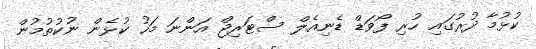
ކުުޅުމާ ދުރުގައި ހުރި ފޯވަޑް ޑެނިއެލް ސްޓަރިޖް އަންނަ މަހު ކުޅެން ނުކުތުމުން